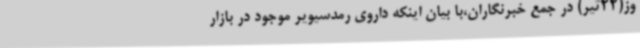
وز(22تیر) در جمع خبرنگاران،با بیان اینکه داروی رمدسیویر موجود در بازار